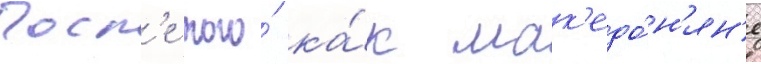
Посл'е того́ ка́к мак'едо́н'ян'е